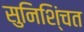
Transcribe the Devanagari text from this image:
सुनिशि्ंचत